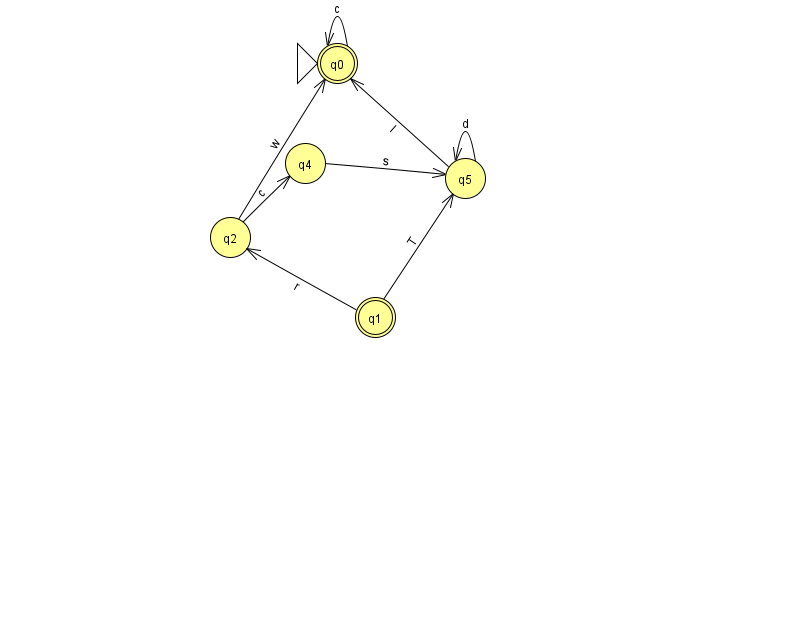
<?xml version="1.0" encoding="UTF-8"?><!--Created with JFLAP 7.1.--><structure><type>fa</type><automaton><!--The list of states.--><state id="0" name="q0"><x>337.0</x><y>50.0</y><initial/><final/></state><state id="1" name="q1"><x>375.0</x><y>304.0</y><final/></state><state id="2" name="q2"><x>230.0</x><y>224.0</y></state><state id="4" name="q4"><x>305.0</x><y>150.0</y></state><state id="5" name="q5"><x>465.0</x><y>165.0</y></state><!--The list of transitions.--><transition><from>0</from><to>0</to><read>c</read></transition><transition><from>2</from><to>0</to><read>w</read></transition><transition><from>5</from><to>5</to><read>d</read></transition><transition><from>2</from><to>4</to><read>c</read></transition><transition><from>1</from><to>2</to><read>r</read></transition><transition><from>5</from><to>0</to><read>I</read></transition><transition><from>1</from><to>5</to><read>T</read></transition><transition><from>4</from><to>5</to><read>s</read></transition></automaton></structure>